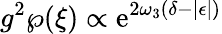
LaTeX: g^{2}\wp(\xi)\propto\mathrm{e}^{2\omega_{3}(\delta-|\epsilon|)}